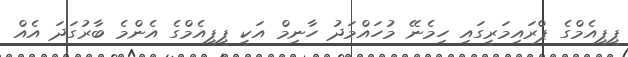
ޕީޕީއެމްގެ ޕްރައިމަރީގައި ހިމެނޭ މުހައްމަދު ހާނިމް އަކީ ޕީޕީއެމްގެ އެންމެ ބާރުގަދަ އެއް